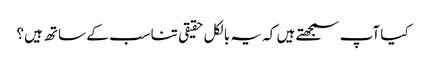
کیا آپ سمجھتے ہیں کہ یہ بالکل حقیقی تناسب کے ساتھ ہیں؟